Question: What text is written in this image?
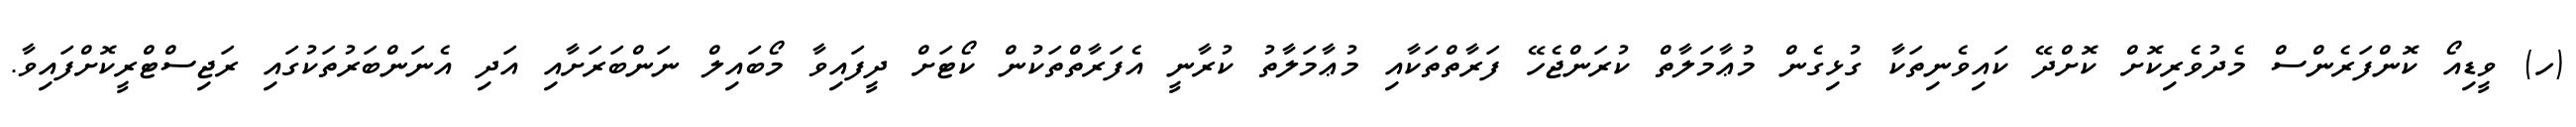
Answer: (ހ) ވީޑިއޯ ކޮންފަރެންސް މެދުވެރިކޮށް ކޮށްދޭ ކައިވެނިތަކާ ގުޅިގެން މުޢާމަލާތް ކުރަންޖެހޭ ފަރާތްތަކާއި މުޢާމަލާތު ކުރާނީ އެފަރާތްތަކުން ކޯޓަށް ދީފައިވާ މޯބައިލް ނަންބަރަށާއި އަދި އެނަންބަރުތަކުގައި ރަޖިސްޓްރީކޮށްފައިވާ.